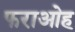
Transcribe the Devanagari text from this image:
फराओह